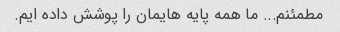
مطمئنم... ما همه پایه هایمان را پوشش داده ایم.